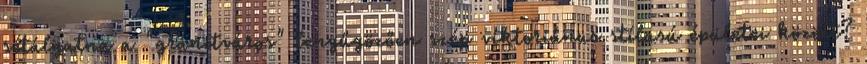
sétálgatna a "gránitváros" lenyűgözően szép viktoriánus stílusú épületei között?